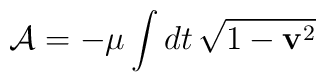
{\cal A}=-\mu\int dt\,\sqrt{1-{\bf v}^2}